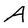
Character: A